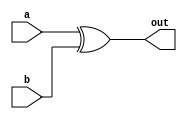
module xor_gate_delay (
    input wire a,
    input wire b,
    output reg out
);

reg delay;

always @ (a or b) begin
    delay <= a ^ b; // XOR gate delay
    #1; // introduce 1 time unit delay
    out <= delay;
end

endmodule